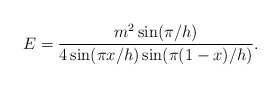
\begin{align*}E=\frac{m^{2}\sin (\pi /h)}{4\sin (\pi x/h)\sin (\pi (1-x)/h)}. \end{align*}